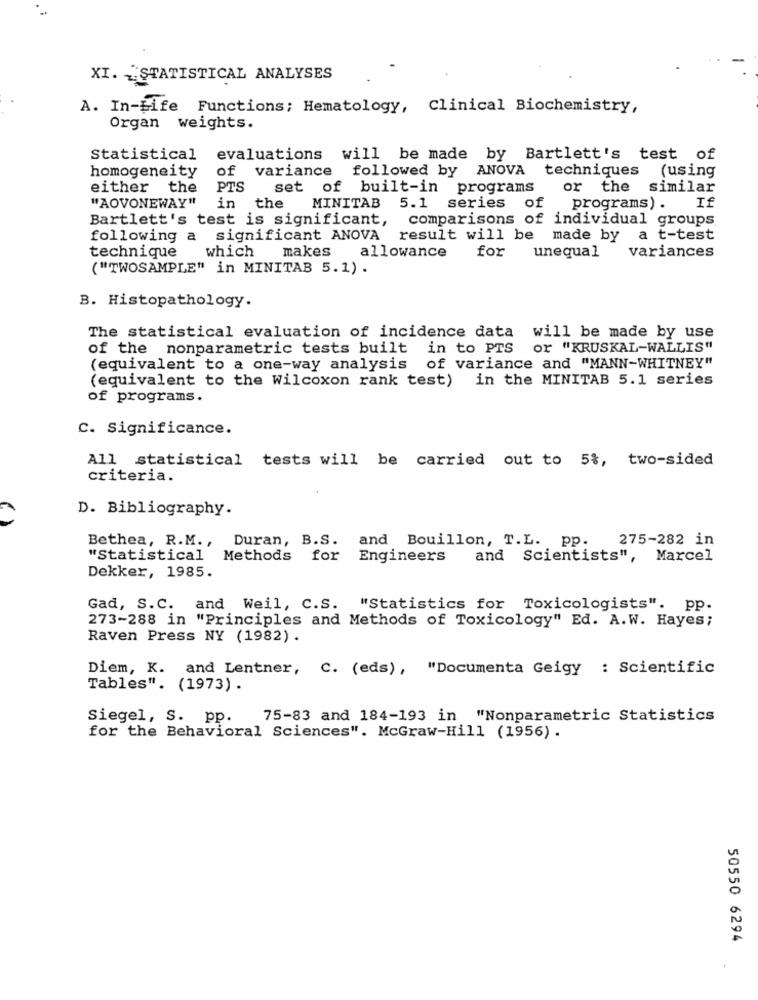
XI. STATISTICAL ANALYSES
A. In-bife Functions; Hematology, Clinical Biochemistry,
Organ weights.
Statistical evaluations will be made by Bartlett's test of
homogeneity
of variance followed by ANOVA techniques (using
either the
PTS
set of built-in programs
or the similar
"AOVONEWAY"
in the
MINITAB
5.1 series of
programs) .
If
Bartlett's test is significant,
comparisons of individual groups
following a significant ANOVA
result will be made by
a t-test
technique
which
makes
allowance
for
variances
unequal
("TWOSAMPLE" in MINITAB 5.1) .
B. Histopathology.
The statistical evaluation of incidence data will be made by use
of the nonparametric tests built in to PTS or "KRUSKAL-WALLIS"
(equivalent to a one-way analysis of variance and "MANN-WHITNEY"
(equivalent to the Wilcoxon rank test) in the MINITAB 5.1 series
of programs.
C. Significance.
All statistical tests will be carried out to 5%, two-sided
criteria.
D. Bibliography.
()
Bethea, R.M. ,
Duran, B.S. and Bouillon, T.L. pp.
275-282 in
"Statistical
Methods
for Engineers
and Scientists", Marcel
Dekker, 1985.
Gad, S.C. and Weil, C.S. "Statistics for Toxicologists". pp.
273-288 in "Principles and Methods of Toxicology" Ed. A.W. Hayes;
Raven Press NY (1982).
Diem, K. and Lentner, C. (eds), "Documenta Geigy : Scientific
Tables". (1973).
Siegel, S. pp.
75-83 and 184-193 in "Nonparametric Statistics
for the Behavioral Sciences". McGraw-Hill (1956).
50550 6294